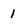
Character: 1